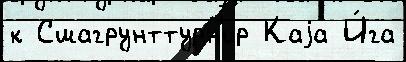
к Сшагрунттурн'ир Каjа И́га